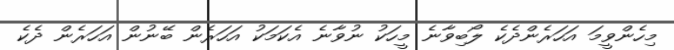
މިހެންވީމަ އަހަރެންދެކެ ލޯބިވާނެ މީހަކު ނުވާނެ އެކަމަކު އަހަރެން ބޭނުން އަހަރެން ދެކެ